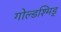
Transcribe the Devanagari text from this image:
गोल्डश्मिड्